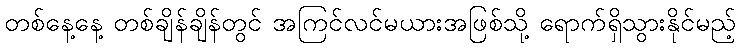
တစ်နေ့နေ့ တစ်ချိန်ချိန်တွင် အကြင်လင်မယားအဖြစ်သို့ ရောက်ရှိသွားနိုင်မည့်